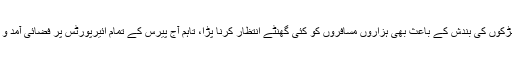
دوسری جانب ائیرپورٹ کی طرف آنے والی سڑکوں کی بندش کے باعث بھی ہزاروں مسافروں کو کئی گھنٹے انتظار کرنا پڑا، تاہم آج پیرس کے تمام ائیرپورٹس پر فضائی آمد و ردفت کا سلسلہ ایک بار پھر شروع ہو گیا ہے۔